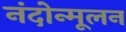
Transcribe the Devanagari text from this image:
नंदोन्मूलन